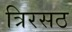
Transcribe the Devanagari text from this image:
त्रिरसठ